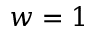
w = 1